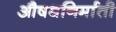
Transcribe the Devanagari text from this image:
औषधनिर्माती